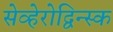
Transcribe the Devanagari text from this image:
सेव्हेरोद्विन्स्क